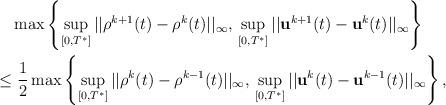
LaTeX: \begin{align*}\begin{aligned}& \max\left\{ \sup_{[0,T^*]} ||\rho^{k+1}(t) - \rho^{k}(t)||_\infty,\, \sup_{[0,T^*]} ||\mathbf{u}^{k+1}(t) - \mathbf{u}^{k}(t)||_\infty \right\}\\\leq & \ \frac{1}{2} \max\left\{ \sup_{[0,T^*]} ||\rho^{k}(t) - \rho^{k-1}(t)||_\infty,\, \sup_{[0,T^*]} ||\mathbf{u}^{k}(t) - \mathbf{u}^{k-1}(t)||_\infty \right\},\end{aligned}\end{align*}